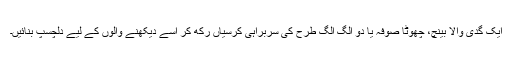
ایک گدی والا بینچ، چھوٹا صوفہ یا دو الگ الگ طرح کی سربراہی کرسیاں رکھ کر اسے دیکھنے والوں کے لیے دلچسپ بنائیں۔